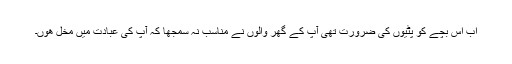
اب اس بچے کو پٹیوں کی ضرورت تھی آپ کے گھر والوں نے مناسب نہ سمجھا کہ آپ کی عبادت میں مخل ھوں۔